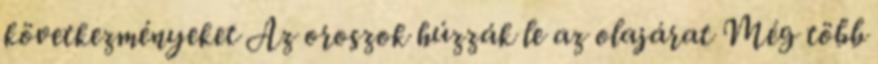
következményeket Az oroszok húzzák le az olajárat Még több